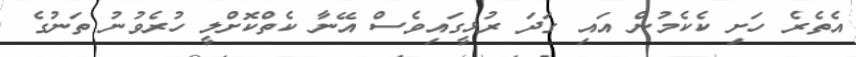
އެތެރެ ހަށި ކެކެމުން އައި ގަދަ ރުޅީގައިވެސް އޭނާ ކެތްކޮށްލީ ހުރެވުނު ތަނުގެ